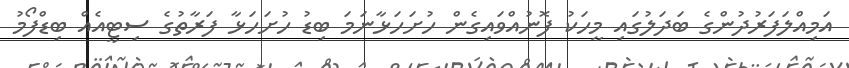
އަމިއްލަފަރުދުންގެ ބަދަލުގައި މީހަކު ފޮނުއްވައިގެން ހުށަހަޅާނަމަ ބިޑު ހުށަހަޅާ ފަރާތުގެ ސިޓީއެއް ބިޑްފޯމު